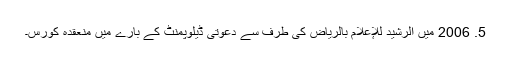
5. 2006 میں الرشید للإعلام بالریاض کی طرف سے دعوتی ڈیلوپمنٹ کے بارے میں منعقدہ کورس۔